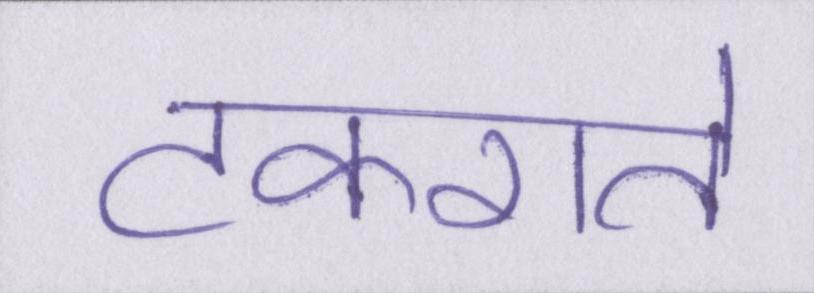
टकराते